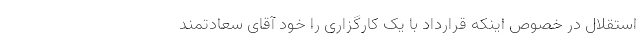
استقلال در خصوص اینکه قرارداد با یک کارگزاری را خود آقای سعادتمند